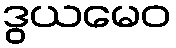
ဒွယမေဝ